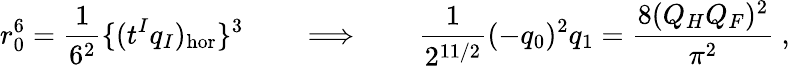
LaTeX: r_{0}^{6}={\frac{1}{6^{2}}}\{ (t^{I}q_{I})_{\mathrm{hor}}\} ^{3}\qquad\Longrightarrow\qquad{\frac{1}{2^{11/2}}}(-q_{0})^{2}q_{1}={\frac{8(Q_{H}Q_{F})^{2}}{\pi^{2}}}\ ,